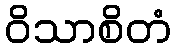
ဝိသာစိတံ